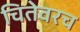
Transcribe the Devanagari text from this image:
चितेवरच